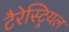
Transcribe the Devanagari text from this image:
टैरेस्ट्रियल